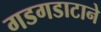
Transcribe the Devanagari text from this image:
गडगडाटाने